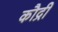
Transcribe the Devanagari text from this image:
कौद्री